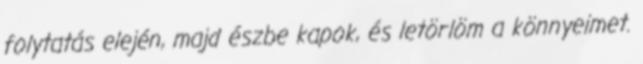
folytatás elején, majd észbe kapok, és letörlöm a könnyeimet.